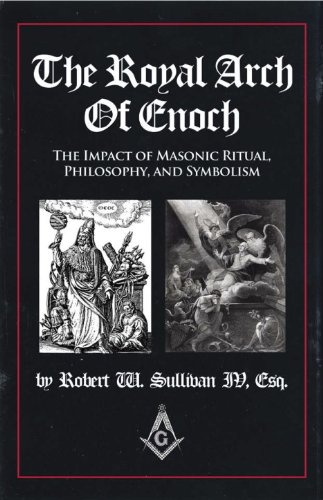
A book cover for The Royal Arch of Enoch; Robert W. Sullivan IV; Religion & Spirituality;